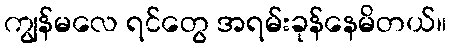
ကျွန်မလေ ရင်တွေ အရမ်းခုန်နေမိတယ်။